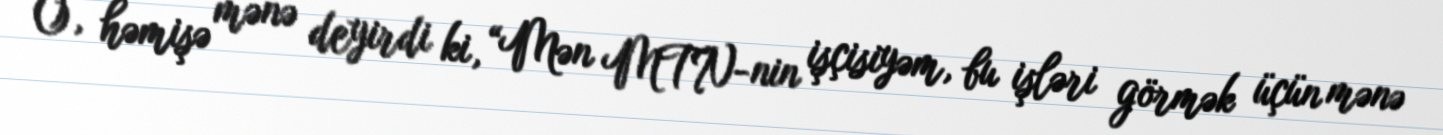
O, həmişə mənə deyirdi ki, “Mən MTN-nin işçisiyəm, bu işləri görmək üçün mənə